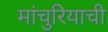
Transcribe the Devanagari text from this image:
मांचुरियाची